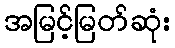
အမြင့်မြတ်ဆုံး